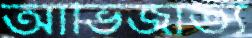
আভিজাত্য